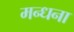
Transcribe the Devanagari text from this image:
मन्धना